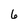
Character: 6